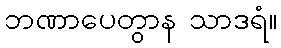
ဘဏာပေတွာန သာဒရံ။